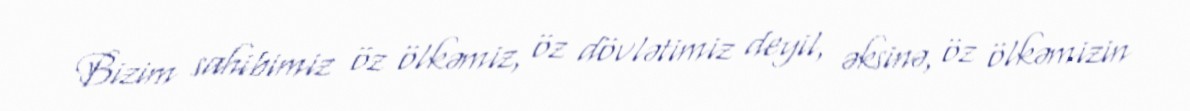
Bizim sahibimiz öz ölkəmiz, öz dövlətimiz deyil, əksinə, öz ölkəmizin